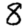
Digit: 8